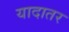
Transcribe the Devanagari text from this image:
यादातर